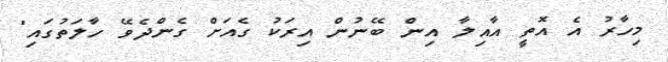
މިހާރު އެ އޮތީ އާއިލާ އިން ބޭނުން އިރަކު ގެއަށް ގެންދެވޭ ހާލަތުގައި"